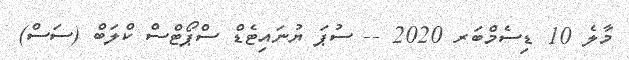
މާލެ 10 ޑިސެމްބަރ 2020 -- ސުޕަ ޔުނައިޓެޑް ސްޕޯޓްސް ކްލަބް (ސަސް)